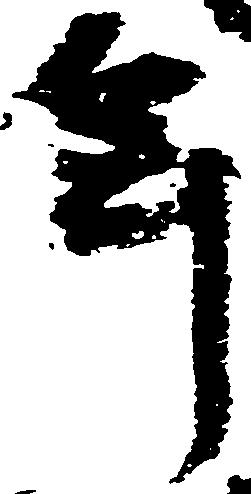
年